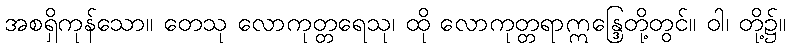
အစရှိကုန်သော။ တေသု လောကုတ္တရေသု၊ ထို လောကုတ္တရာဣန္ဒြေတို့တွင်။ ဝါ၊ တို့၌။